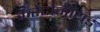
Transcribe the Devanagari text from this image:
कैरेटोनॉयड